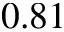
0 . 8 1